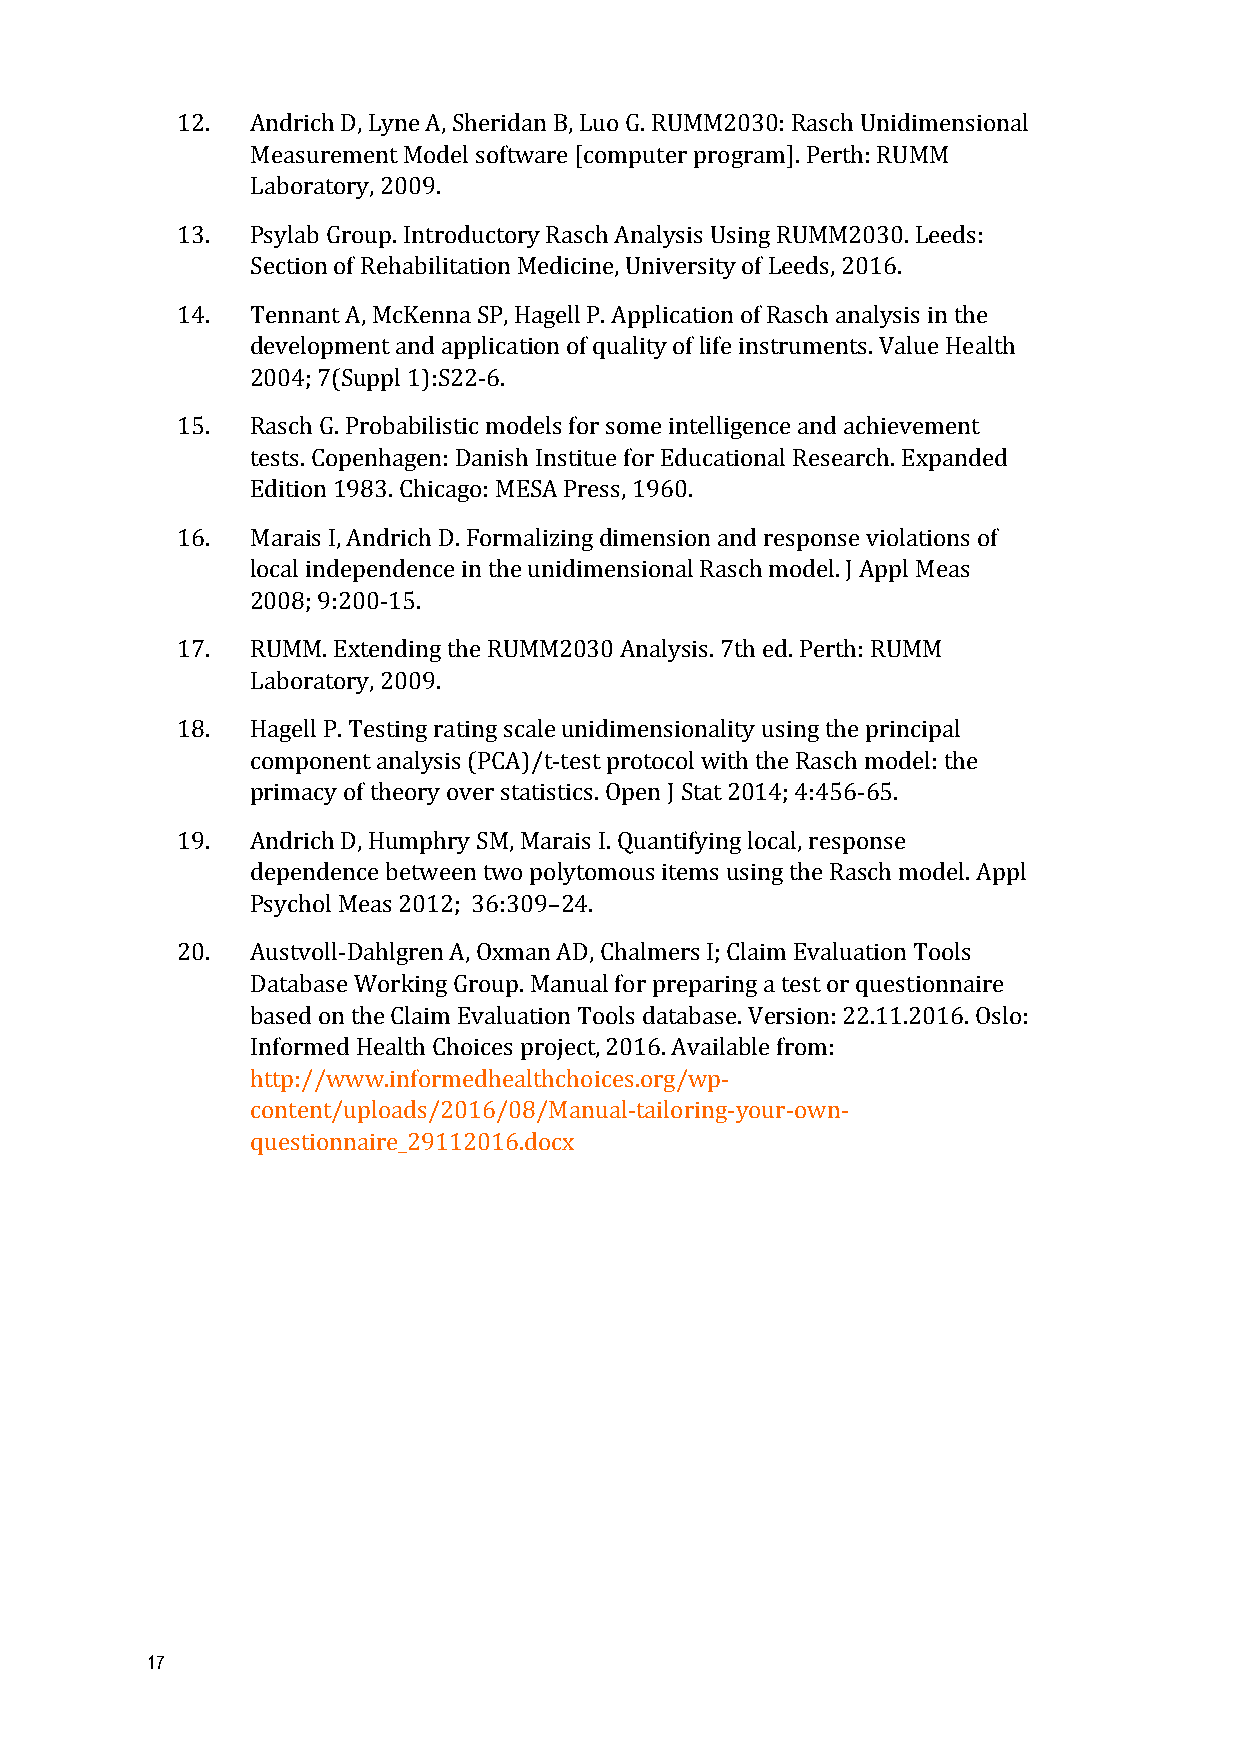
12.  Andrich D, Lyne A, Sheridan B, Luo G. RUMM2030: Rasch Unidimensional
 Measurement Model software [computer program]. Perth: RUMM
 Laboratory, 2009.
 13.  Psylab Group. Introductory Rasch Analysis Using RUMM2030. Leeds:
 Section of Rehabilitation Medicine, University of Leeds, 2016.
 14.  Tennant A, McKenna SP, Hagell P. Application of Rasch analysis in the
 development and application of quality of life instruments. Value Health
 2004; 7(Suppl 1):S22-­‐6.
 15.  Rasch G. Probabilistic models for some intelligence and achievement
 tests. Copenhagen: Danish Institue for Educational Research. Expanded
 Edition 1983. Chicago: MESA Press, 1960.
 16.  Marais I, Andrich D. Formalizing dimension and response violations of
 local independence in the unidimensional Rasch model. J Appl Meas
 2008; 9:200-­‐15.
 17.  RUMM. Extending the RUMM2030 Analysis. 7th ed. Perth: RUMM
 Laboratory, 2009.
 18.  Hagell P. Testing rating scale unidimensionality using the principal
 component analysis (PCA)/t-­‐test protocol with the Rasch model: the
 primacy of theory over statistics. Open J Stat 2014; 4:456-­‐65.
 19.  Andrich D, Humphry SM, Marais I. Quantifying local, response
 dependence between two polytomous items using the Rasch model. Appl
 Psychol Meas 2012; 36:309–24.
 20.  Austvoll-­‐Dahlgren A, Oxman AD, Chalmers I; Claim Evaluation Tools
 Database Working Group. Manual for preparing a test or questionnaire
 based on the Claim Evaluation Tools database. Version: 22.11.2016. Oslo:
 Informed Health Choices project, 2016. Available from:
 http://www.informedhealthchoices.org/wp-­‐
 content/uploads/2016/08/Manual-­‐tailoring-­‐your-­‐own-­‐
 questionnaire_29112016.docx
 17